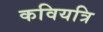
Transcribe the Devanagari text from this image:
कवियत्रि